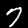
Label: 7